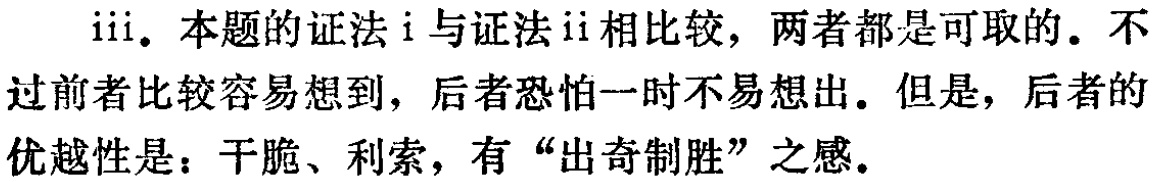
iii. 本题的证法i与证法ii相比较，两者都是可取的。不过前者比较容易想到，后者恐怕一时不易想出。但是，后者的优越性是：干脆、利索，有“出奇制胜”之感。